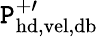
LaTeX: \mathtt{P}_{\mathrm{{hd,vel,db}}}^{+\prime}